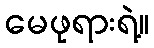
မေဖုရားရဲ့။